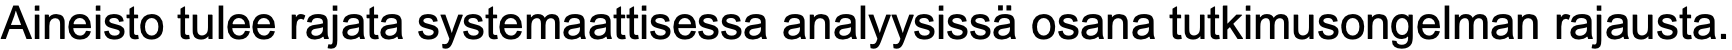
Aineisto tulee rajata systemaattisessa analyysissä osana tutkimusongelman rajausta.